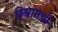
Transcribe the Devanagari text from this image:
विश्वासची